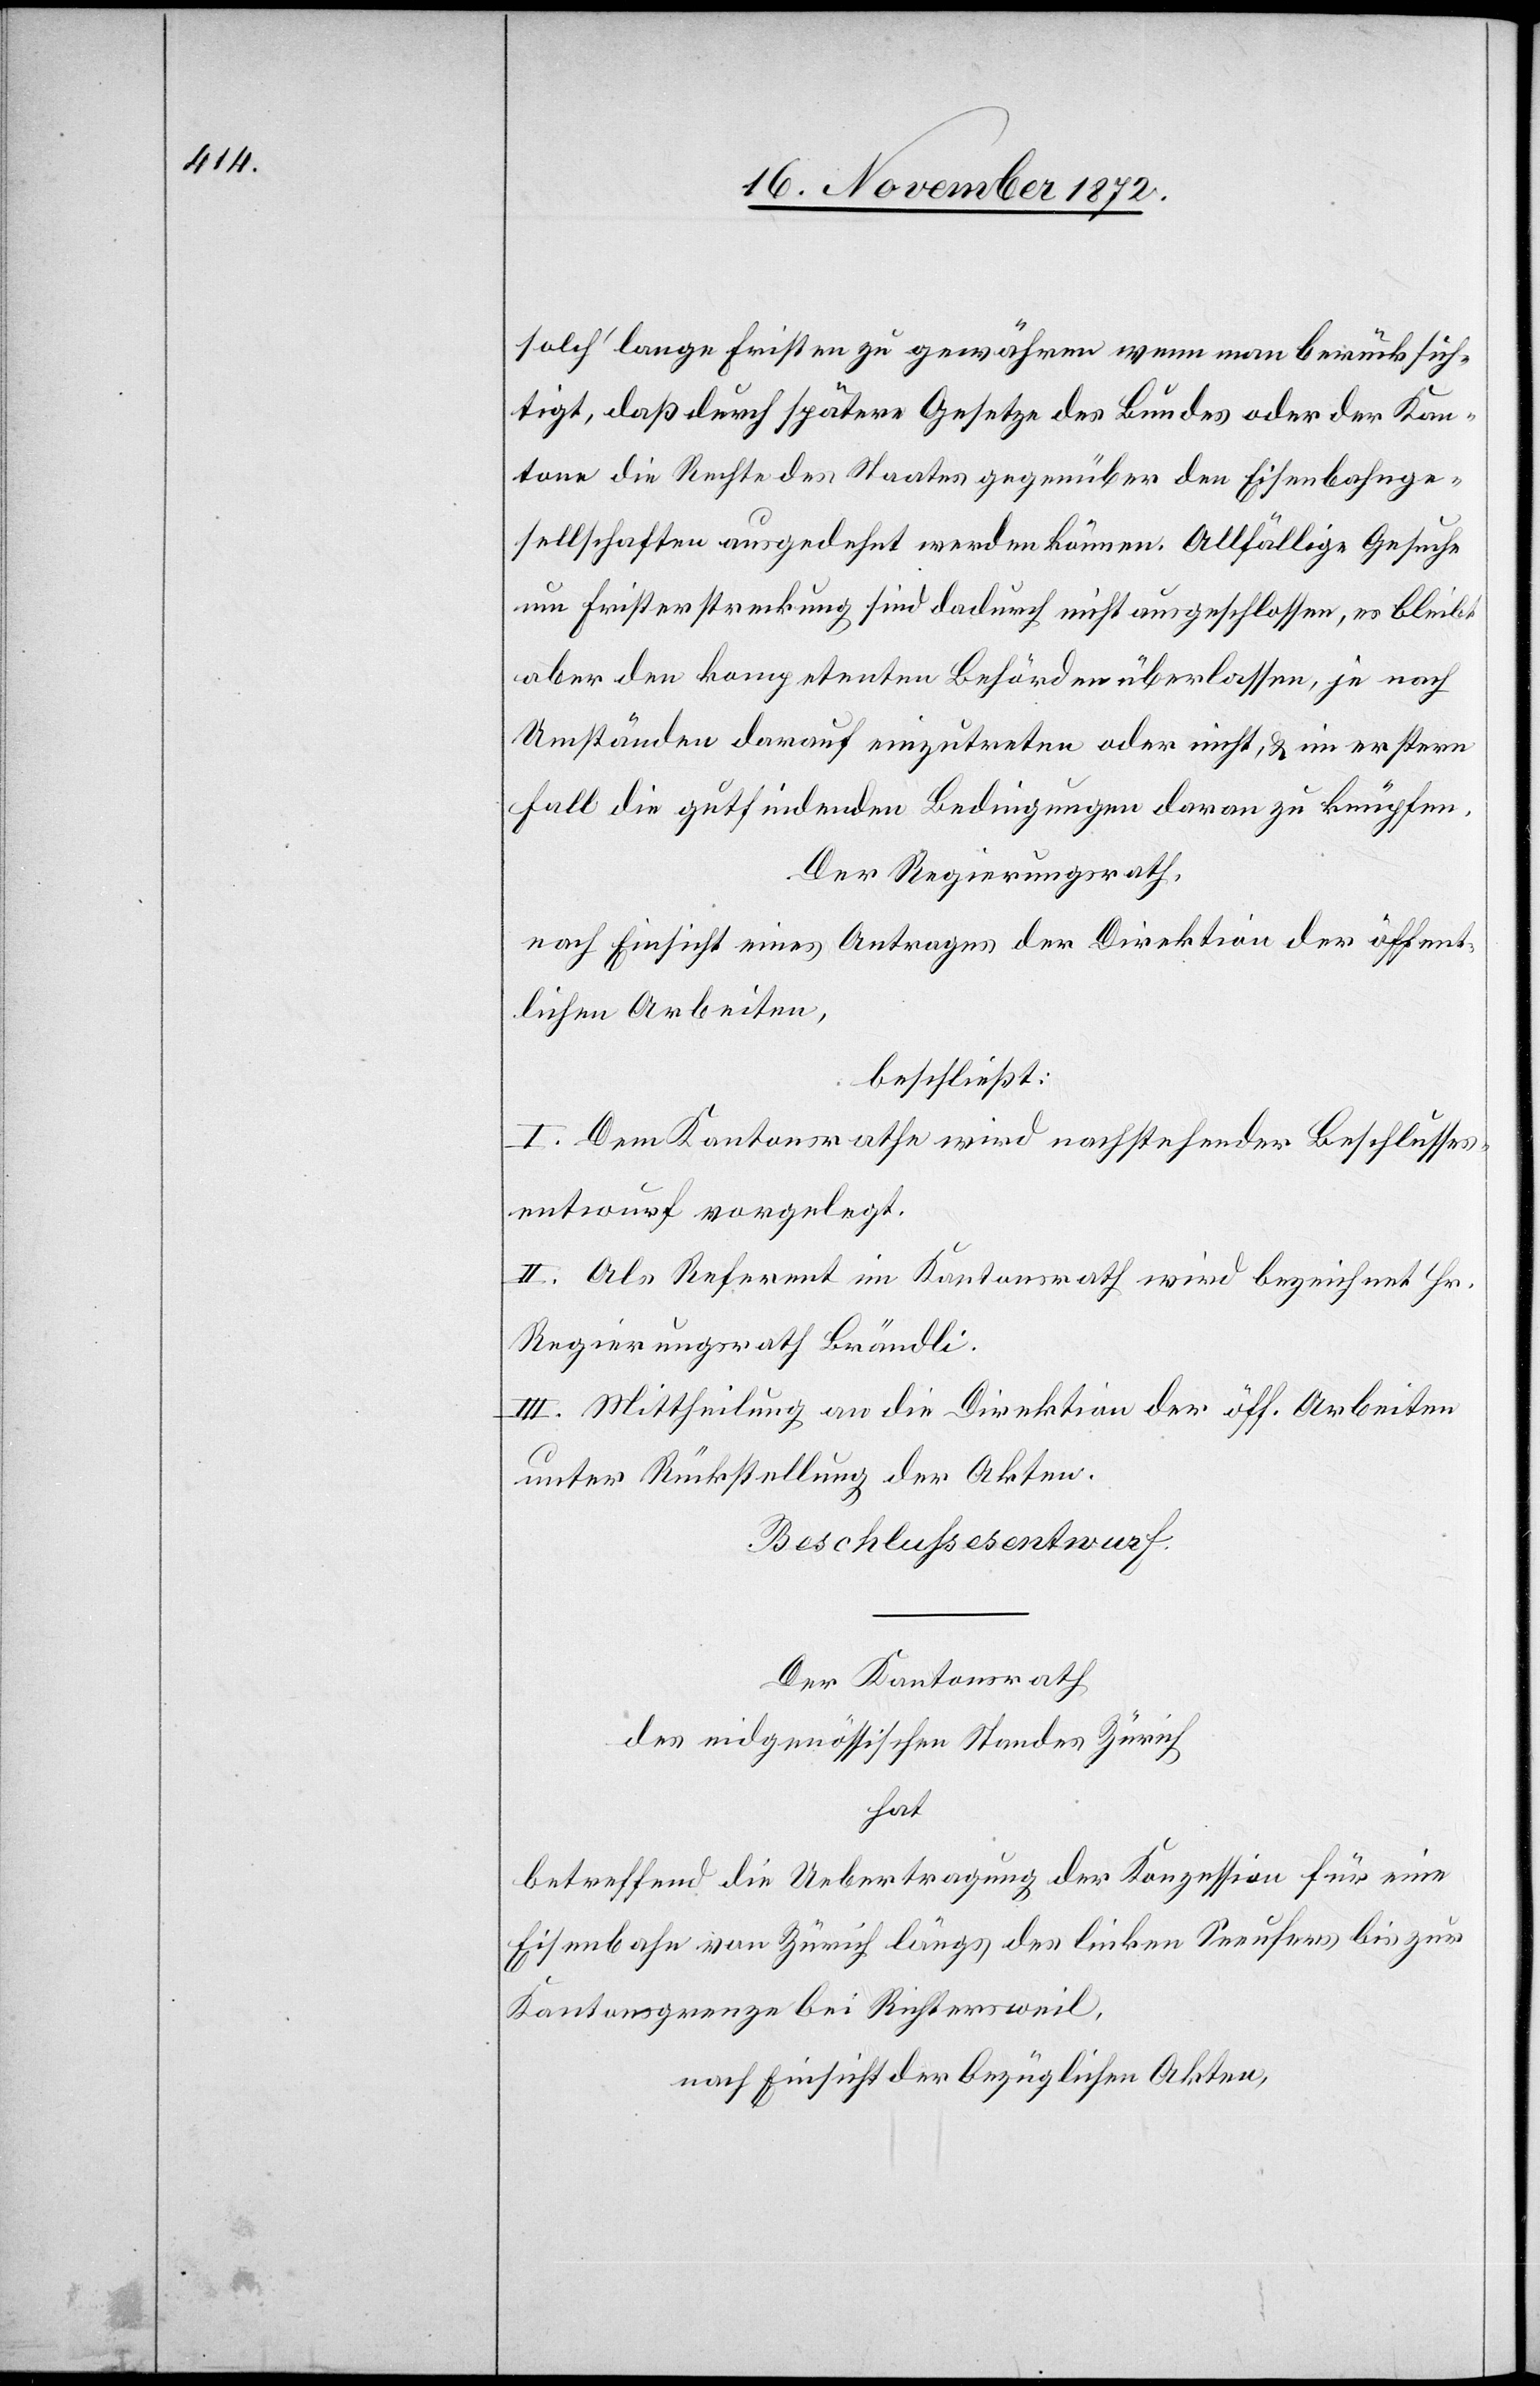
solch’ lange Fristen zu gewähren wenn man berücksich¬
tigt, daß durch spätere Gesetze des Bundes oder der Kan¬
tone die Rechte des Staates gegenüber den Eisenbahnge¬
sellschaften ausgedehnt werden können Allfällige Gesuche
um Fristerstreckung sind dadurch nicht ausgeschlossen, es bleibt
aber den kompetenten Behörden überlassen, je nach
Umständen darauf einzutreten oder nicht, u. im erstern
Fall die gutfindenden Bedingungen daran zu knüpfen.
Der Regierungsrath,
nach Einsicht eines Antrages der Direktion der öffent¬
lichen Arbeiten,
beschließt:
I. Dem Kantonsrath wird nachstehender Beschlusses¬
entwurf vorgelegt.
II. Als Referent im Kantonsrath wird bezeichnet Hr.
Regierungsrath Brändli.
III. Mittheilung an die Direktion der öff. Arbeiten
unter Rückstellung der Akten.
Beschlussesentwurf.
Der Kantonsrath
des eidgenössischen Standes Zürich
hat
betreffend die Uebertragung der Konzession für eine
Eisenbahn von Zürich längs des linken Seeufers bis zur
Kantonsgrenze bei Richtersweil,
nach Einsicht der bezüglichen Akten,